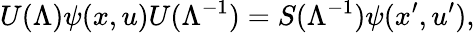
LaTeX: U(\Lambda)\psi(x,u)U(\Lambda^{-1})=S(\Lambda^{-1})\psi(x^{\prime},u^{\prime}),